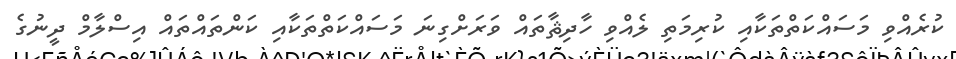
ކުރެއްވި މަސައްކަތްތަކާއި ކުރިމަތި ލެއްވި ހާދިޘާތައް ވަރަށްގިނަ މަސައްކަތްތަކާއި ކަންތައްތައް އިސްލާމް ދީނުގެ